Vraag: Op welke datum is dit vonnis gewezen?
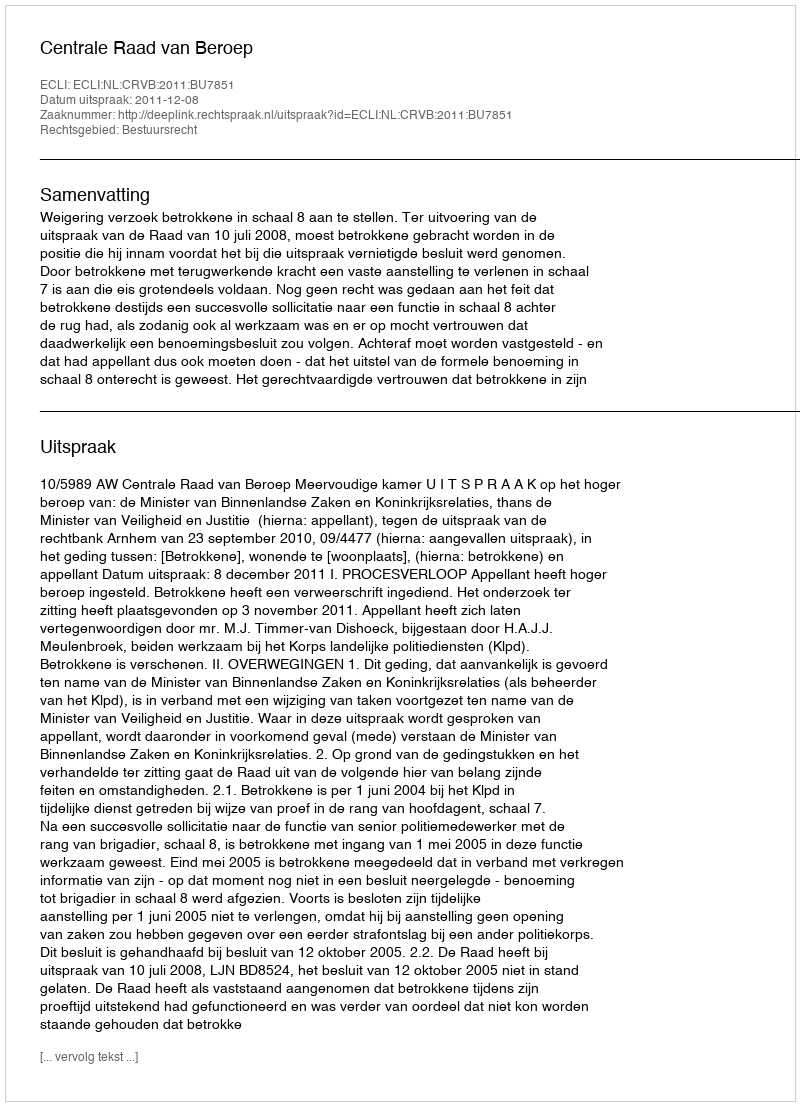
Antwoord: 2011-12-08